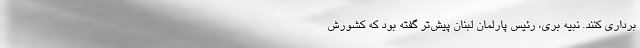
برداری کنند. نبیه بری، رئیس پارلمان لبنان پیش‌تر گفته بود که کشورش